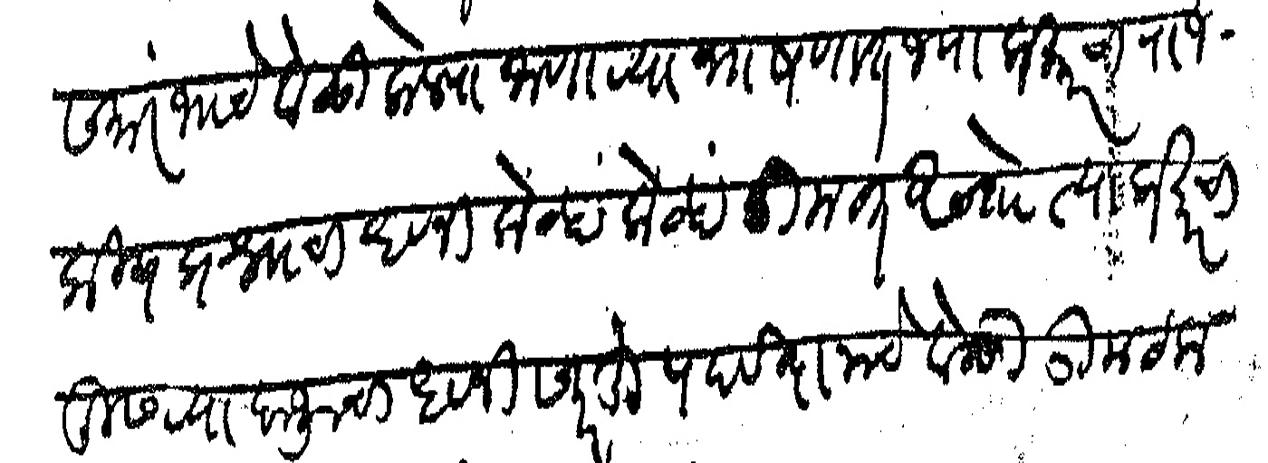
Transliteration (Devanagari): समारंभाचे वेळी केल्याजाणाऱ्या भाषणात ज्या प्रकारचा राजकिय प्रश्नाचा ध्वनी केव्हा केव्हा उमटत असतो त्या प्रकारचा दुसऱ्या बाजूचा ध्वनी सदरहू पदवीदानाचे वेळी उमटला